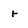
Character: r